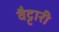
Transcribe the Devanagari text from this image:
वैट्टारी